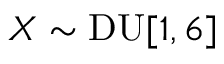
X \sim \mathrm { D U } [ 1 , 6 ]